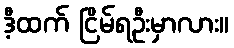
ဒီ့ထက် ငြိမ်ရဦးမှာလား။